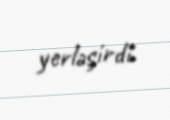
yerləşirdi.